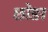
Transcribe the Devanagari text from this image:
छोङा